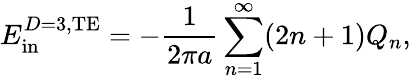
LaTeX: E_{\mathrm{in}}^{D=3,\mathrm{TE}}=-{\frac{1}{2\pi a}}\sum_{n=1}^{\infty}(2n+1)Q_{n},